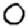
Digit: 0